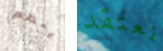
ينظم نعتقد